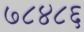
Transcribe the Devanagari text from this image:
७८४८६